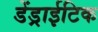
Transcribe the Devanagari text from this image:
डेंड्राईटिक